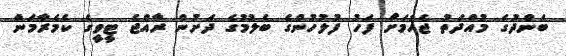
ބަންދުގެ މުއްދަތު ޖެހުމަށް ފަހު ފުލުހުންގެ ބެލުމުގެ ދަށުން ރާއްޖެ ޓީވީގެ ކެމެރާމަން